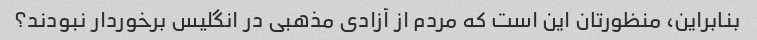
بنابراین، منظورتان این است که مردم از آزادی مذهبی در انگلیس برخوردار نبودند؟